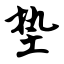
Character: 垫